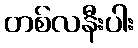
တစ်လနီးပါး